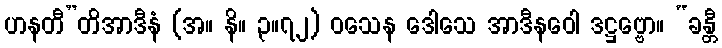
ဟနတီ”တိအာဒီနံ (အ။ နိ။ ၃။၇၂) ဝသေန ဒေါသေ အာဒီနဝေါ ဒဋ္ဌဗ္ဗော။ “ခန္တီ